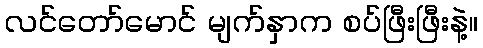
လင်တော်မောင် မျက်နှာက စပ်ဖြီးဖြီးနဲ့။